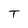
Character: T